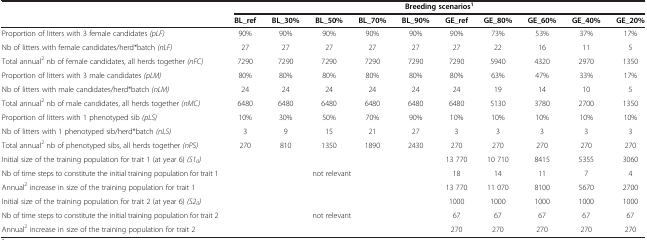
<table><thead><tr><td><b> </b></td><td colspan="10"><b>Breeding scenarios<sup>1</sup></b></td></tr><tr><td><b> </b></td><td><b>BL_ref</b></td><td><b>BL_30%</b></td><td><b>BL_50%</b></td><td><b>BL_70%</b></td><td><b>BL_90%</b></td><td><b>GE_ref</b></td><td><b>GE_80%</b></td><td><b>GE_60%</b></td><td><b>GE_40%</b></td><td><b>GE_20%</b></td></tr></thead><tbody><tr><td>Proportion of litters with 3 female candidates <i>(pLF)</i></td><td>90%</td><td>90%</td><td>90%</td><td>90%</td><td>90%</td><td>90%</td><td>73%</td><td>53%</td><td>37%</td><td>17%</td></tr><tr><td>Nb of litters with female candidates/herd*batch <i>(nLF)</i></td><td>27</td><td>27</td><td>27</td><td>27</td><td>27</td><td>27</td><td>22</td><td>16</td><td>11</td><td>5</td></tr><tr><td>Total annual<sup>2</sup> nb of female candidates, all herds together <i>(nFC)</i></td><td>7290</td><td>7290</td><td>7290</td><td>7290</td><td>7290</td><td>7290</td><td>5940</td><td>4320</td><td>2970</td><td>1350</td></tr><tr><td>Proportion of litters with 3 male candidates <i>(pLM)</i></td><td>80%</td><td>80%</td><td>80%</td><td>80%</td><td>80%</td><td>80%</td><td>63%</td><td>47%</td><td>33%</td><td>17%</td></tr><tr><td>Nb of litters with male candidates/herd*batch <i>(nLM)</i></td><td>24</td><td>24</td><td>24</td><td>24</td><td>24</td><td>24</td><td>19</td><td>14</td><td>10</td><td>5</td></tr><tr><td>Total annual<sup>2</sup> nb of male candidates, all herds together <i>(nMC)</i></td><td>6480</td><td>6480</td><td>6480</td><td>6480</td><td>6480</td><td>6480</td><td>5130</td><td>3780</td><td>2700</td><td>1350</td></tr><tr><td>Proportion of litters with 1 phenotyped sib <i>(pLS)</i></td><td>10%</td><td>30%</td><td>50%</td><td>70%</td><td>90%</td><td>10%</td><td>10%</td><td>10%</td><td>10%</td><td>10%</td></tr><tr><td>Nb of litters with 1 phenotyped sib/herd*batch <i>(nLS)</i></td><td>3</td><td>9</td><td>15</td><td>21</td><td>27</td><td>3</td><td>3</td><td>3</td><td>3</td><td>3</td></tr><tr><td>Total annual<sup>2</sup> nb of phenotyped sibs, all herds together <i>(nPS)</i></td><td>270</td><td>810</td><td>1350</td><td>1890</td><td>2430</td><td>270</td><td>270</td><td>270</td><td>270</td><td>270</td></tr><tr><td>Initial size of the training population for trait 1 (at year 6) <i>(S1</i><sub><i>0</i></sub><i>)</i></td><td rowspan="3" colspan="5">not relevant</td><td>13 770</td><td>10 710</td><td>8415</td><td>5355</td><td>3060</td></tr><tr><td>Nb of time steps to constitute the initial training population for trait 1</td><td>18</td><td>14</td><td>11</td><td>7</td><td>4</td></tr><tr><td>Annual<sup>2</sup> increase in size of the training population for trait 1</td><td>13 770</td><td>11 070</td><td>8100</td><td>5670</td><td>2700</td></tr><tr><td>Initial size of the training population for trait 2 (at year 6) <i>(S2</i><sub><i>0</i></sub><i>)</i></td><td rowspan="3" colspan="5">not relevant</td><td>1000</td><td>1000</td><td>1000</td><td>1000</td><td>1000</td></tr><tr><td>Nb of time steps to constitute the initial training population for trait 2</td><td>67</td><td>67</td><td>67</td><td>67</td><td>67</td></tr><tr><td>Annual<sup>2</sup> increase in size of the training population for trait 2</td><td>270</td><td>270</td><td>270</td><td>270</td><td>270</td></tr></tbody></table>